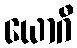
ယောဂီ